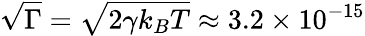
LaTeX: \sqrt{\Gamma}=\sqrt{2\gamma k_{B}T}\approx 3.2\times 10^{-15}